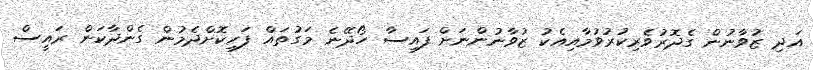
އަދި ޒުވާނުން ގެދޮރުވެރިކުރުވުމާއިއެކު ޒުވާނުންނަށް ފައިސާ ހޯދޭނެ މަގުތައް ފަހިކޮށްދެމުން ގެންދާކަން ރައީސް